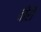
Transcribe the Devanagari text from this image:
वीरौ